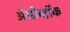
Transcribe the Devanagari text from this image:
ॲग्रोव्हॉक